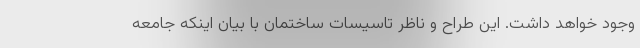
وجود خواهد داشت. این طراح و ناظر تاسیسات ساختمان با بیان اینکه جامعه